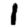
Digit: 1